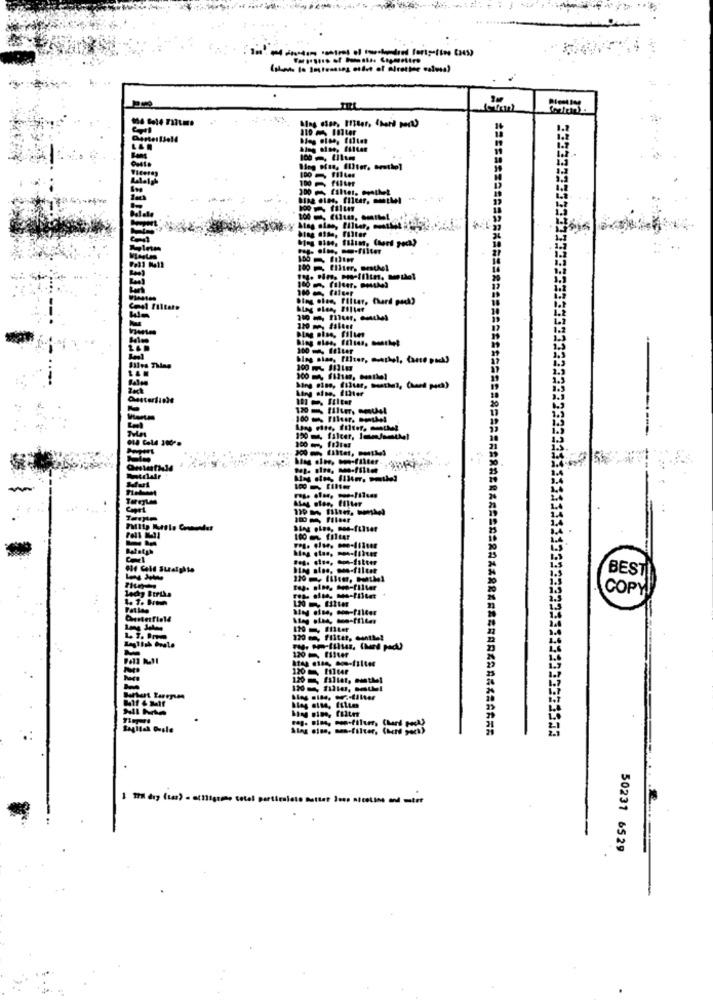
----
ELE
33332
100 filLef
Pag- olme, so-filter
Blog olee, Filter, Chard pack?
Blog olas, filu
Ming aise. Etter
190 m, falcer, Imun/amthe!
BEST
COPY
120 ca, Ffitet, ounttel
120 Efter
120 = Mlt4F
50231 6529